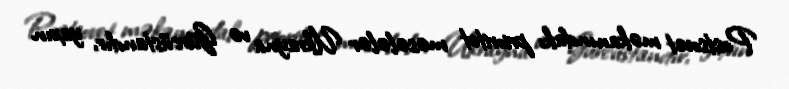
Postsovet məkanındakı prioritet məsələlər Ukrayna və Gürcüstandır, yaxın